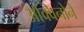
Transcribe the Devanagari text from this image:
अक्विनोने